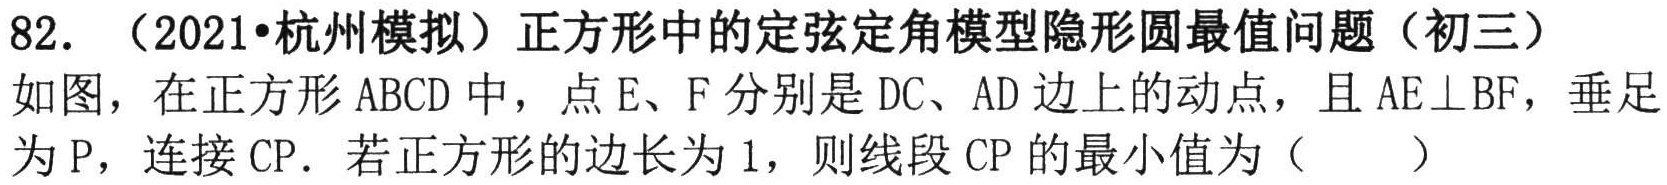
82. （2021•杭州模拟）正方形中的定弦定角模型隐形圆最值问题（初三）

如图，在正方形 \(ABCD\) 中，点 \(E、F\) 分别是 \(DC、AD\) 边上的动点，且 \(AE\perp BF\)，垂足

为 \(P\)，连接 \(CP\)．若正方形的边长为 \(1\)，则线段 \(CP\) 的最小值为（  ）